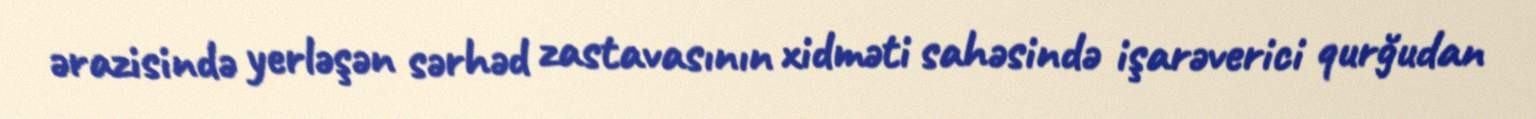
ərazisində yerləşən sərhəd zastavasının xidməti sahəsində işarəverici qurğudan